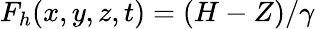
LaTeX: F_{h}(x,y,z,t)=(H-Z)/\gamma